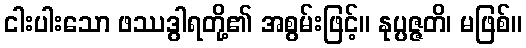
ငါးပါးသော ဖဿဒွါရတို့၏ အစွမ်းဖြင့်။ နုပ္ပဇ္ဇတိ၊ မဖြစ်။